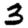
Digit: 3